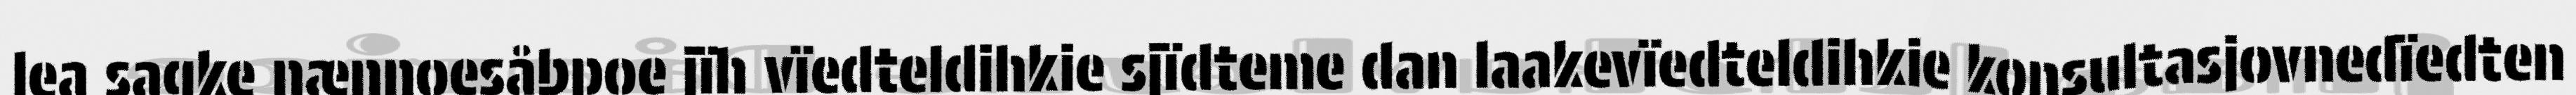
lea sagke nænnoesåbpoe jïh vïedteldihkie sjïdteme dan laakevïedteldihkie konsultasjovnedïedten